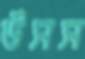
উসস